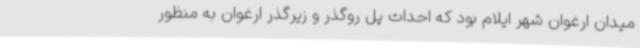
میدان ارغوان شهر ایلام بود که احداث پل روگذر و زیرگذر ارغوان به منظور